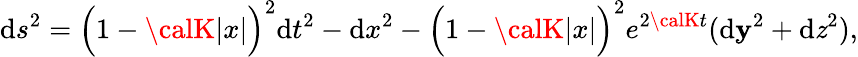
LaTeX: \mathrm{d}s^{2}=\Big(1-{\calK}|x|\Big)^{2}\mathrm{d}t^{2}-\mathrm{d}x^{2}-\Big(1-{\calK}|x|\Big)^{2}e^{2{\calK}t}(\mathrm{d}\mathbf{y}^{2}+\mathrm{d}\mathit{z}^{2}),